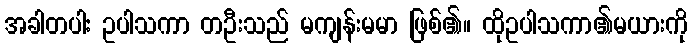
အခါတပါး ဥပါသကာ တဦးသည် မကျန်းမမာ ဖြစ်၏။ ထိုဥပါသကာ၏မယားကို